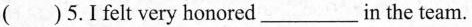
( )5.I felt very honored___in the team.